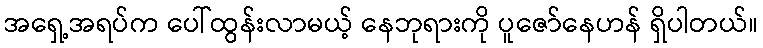
အရှေ့အရပ်က ပေါ်ထွန်းလာမယ့် နေဘုရားကို ပူဇော်နေဟန် ရှိပါတယ်။